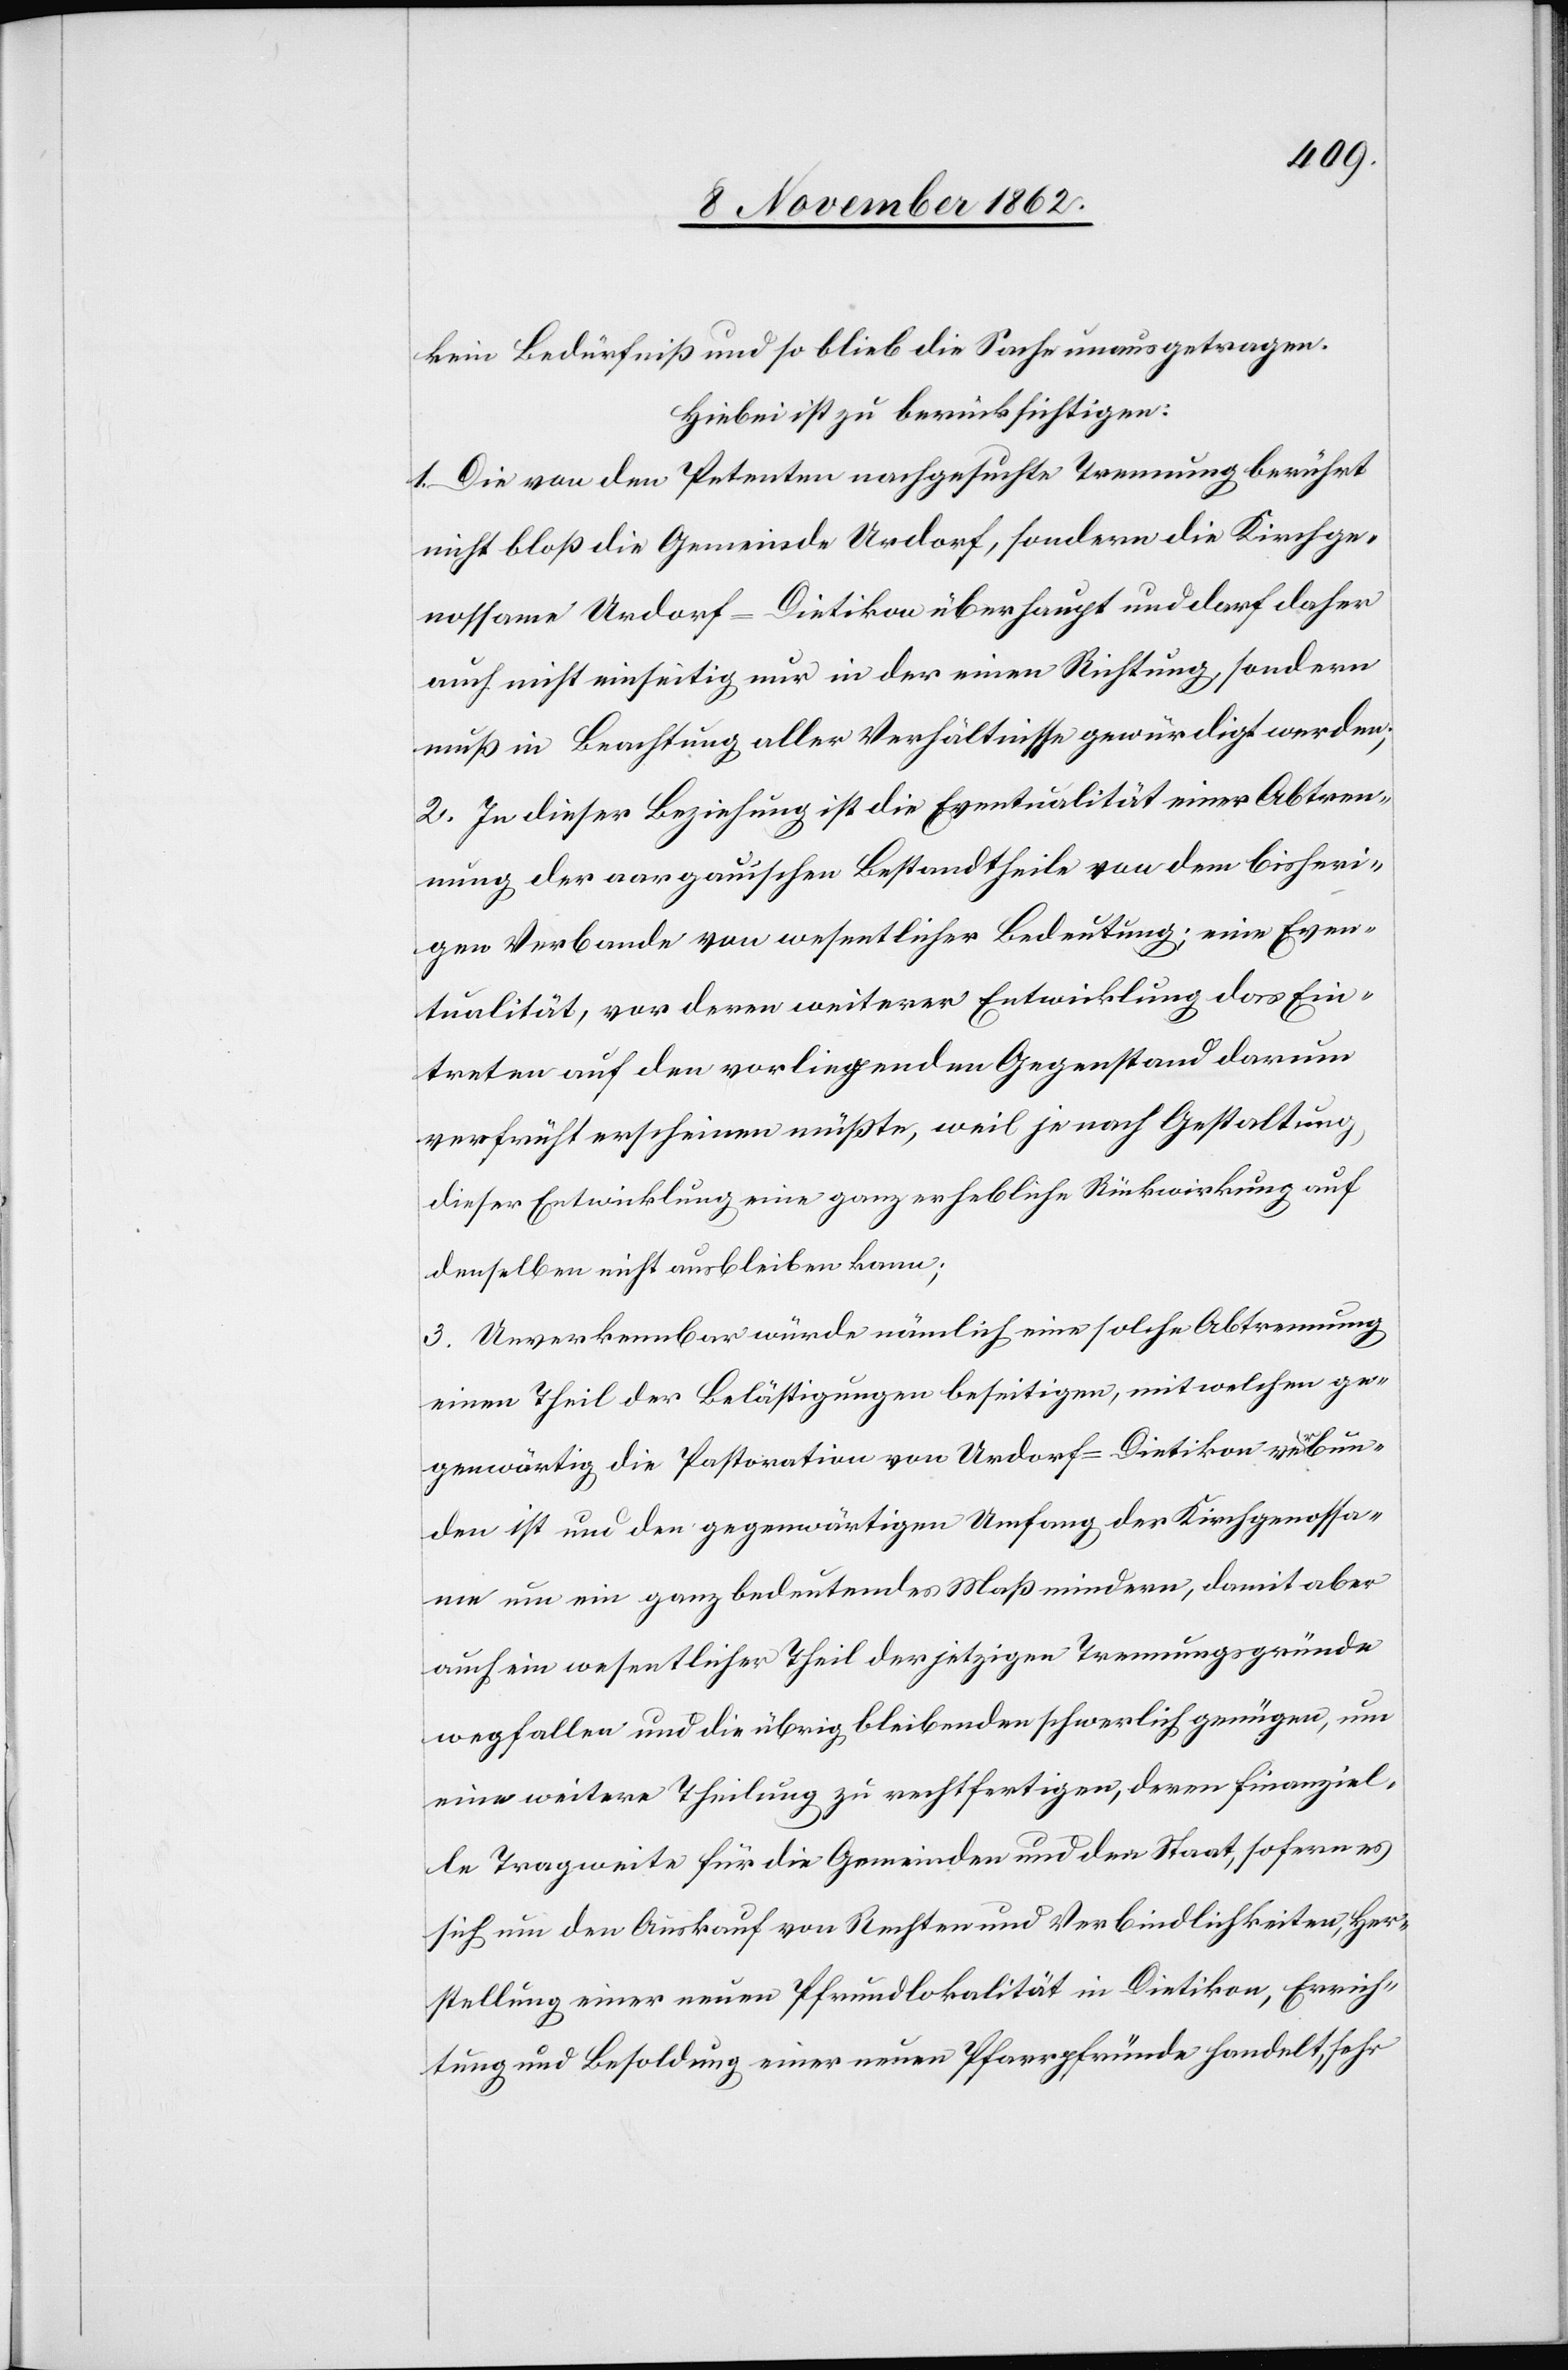
kein Bedürfniß und so blieb die Sache unausgetragen.
Hiebei ist zu berücksichtigen:
1. Die von den Petenten nachgesuchte Trennung berührt
nicht bloß die Gemeinde Urdorf, sondern die Kirchge¬
nossame Urdorf–Dietikon überhaupt und darf daher
auch nicht einseitig nur in der einen Richtung, sondern
muß in Beachtung aller Verhältnisse gewürdigt werden.
2. In dieser Beziehung ist die Eventualität einer Abtren¬
nung der aargauischen Bestandtheile von dem bisheri¬
gen Verbande von wesentlicher Bedeutung; eine Even¬
tualität vor deren weiterer Entwicklung das Ein¬
treten auf den vorliegenden Gegenstand darum
verfrüht erscheinen müsste, weil je nach Gestaltung,
dieser Entwicklung eine ganz erhebliche Rückwirkung auf
denselben nicht ausbleiben kann;
3. Unverkennbar würde nämlich eine solche Abtrennung
einen Theil der Belästigungen beseitigen, mit welchen ge¬
genwärtig die Pastoration von Urdorf–Dietikon verbun¬
den ist um den gegenwärtigen Umfang der Kirchgenossa¬
me um ein ganz bedeutendes Maß mindern, damit aber
auch ein wesentlicher Theil der jetzigen Trennungsgründe
wegfallen und die übrig bleibenden schwerlich genügen, um
eine weitere Theilung zu rechtfertigen, deren finanziel¬
le Tragweite für die Gemeinden und den Staat, sofern es
sich um den Auskauf von Rechten und Verbindlichkeiten, Her¬
stellung einer neuen Pfrundlokalität in Dietikon, Errich¬
tung und Besoldung einer neuen Pfarrpfründe handelt, sehr